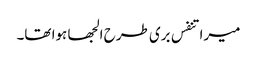
میرا تنفس بری طرح الجھا ہوا تھا۔